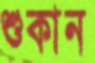
শুকান